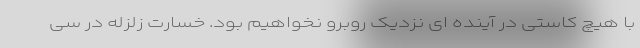
با هیچ کاستی در آینده ای نزدیک روبرو نخواهیم بود. خسارت زلزله در سی